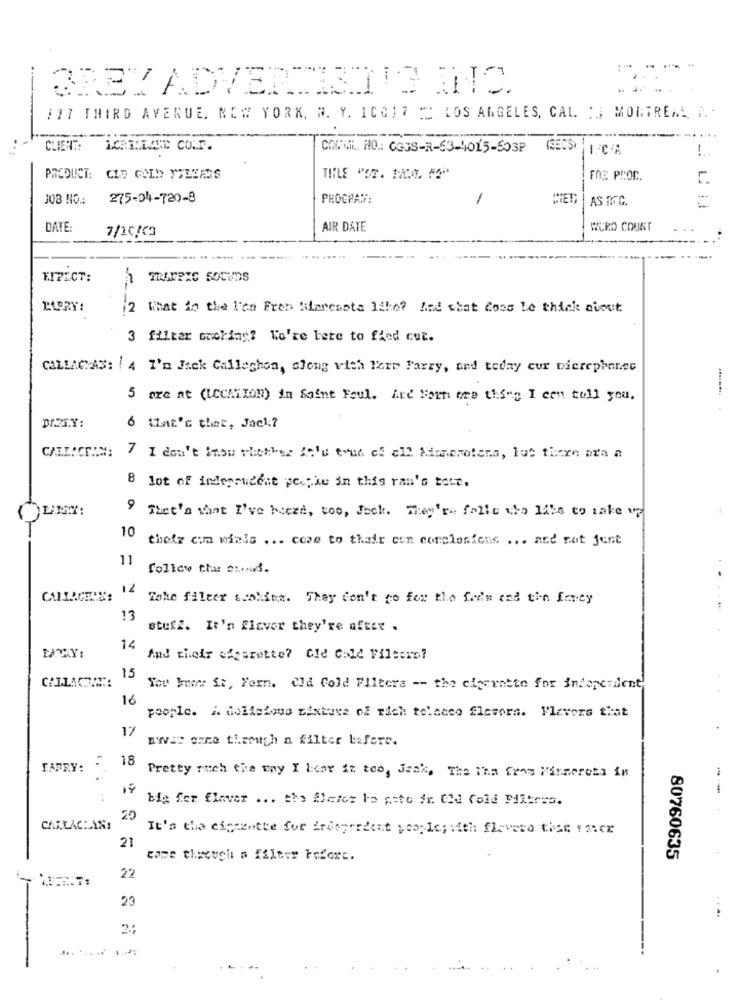
:**
- --
117 THIRD AVERUE, NEW YORK, N. Y. 10G17 :" LOS ANGELES, CAL :, MONTREAL A ..
CLIENT:
COIFAMIL HO .: COGS-R-63-4015-503P
(SECS)
-
-.
PRODUCT: CLD GOLD YILLESS
TITLE "OS. PAUL. FOR
FOE PROC.
JOB NO .:
275-04-720-8
PROCPAS:
1
AS TTC
DATE:
7/10/03
AIR DATE
WORD COUNT
EIPECT:
TRAURIG SOCUDS
12 What do the l'on Fres Miarcasta 1the? And what Coss Le think aiout
3 filter cooking? Wo'te bere to fied cut.
CALLACAS: 4 I'm Jack Calleghon, along with Parr Parzy, and teday cur wierephanec
5 are at (LOCATION) in Saint Foul. And Barn one thing I can tell you.
6 What's thet, Jac1 ;?
7 I don't know whether 30'u trud of all Manprotens, lus there are a
8 lot of independent people in this ran's test.
9 That's want I've heard, too, feck. They're falle who like to make up
10
theiz cim wiale ... come to thair con conclusions ... atd not jent
11
follow the sund.
12
Toke filter scokita. They don't co for the feds end tin farty
13
stuff. It'n flavor they're after .
14
And their cfgsrettel Cid Gold Filtern?
CHILICA
15
You buy St, Yern. Cld Cold Filters -- the cigarette for independent.
16
people. i dalleious bixtuve of rich tolacco flavors. Flavors that
17
uw == came through a filter before.
18
CARRY:
Pretty much the way I licor it too, Jack, The iha from Firmeroto in
..
big for flever ... the flere to pete fr. Cid fold Mlitres.
20
CALLAC: AR!
It's the einerette for Erosperdent people;mith fluvero thee Fazer
21
came through a filter before.
80760635
22
23